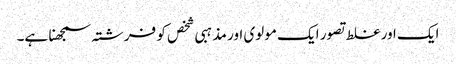
ایک اور غلط تصور ایک مولوی اور مذہبی شخص کو فرشتہ سمجھنا ہے۔